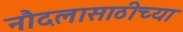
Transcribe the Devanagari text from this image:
नौदलासाठीच्या